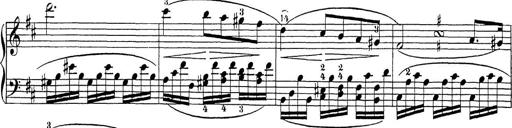
Title: Sonatina Album
Composer: Louis KÃ¶hler